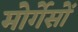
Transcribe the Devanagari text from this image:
मोर्गेसों